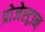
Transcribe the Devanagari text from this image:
प्रोजेस्ट्रान